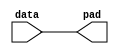
// This program was cloned from: https://github.com/bradgrantham/alice5
// License: Apache License 2.0

// Created by altera_lib_lpm.pl from 220model.v
// END OF MODULE


//START_MODULE_NAME------------------------------------------------------------
//
// Module Name     :  lpm_outpad
//
// Description     :
//
// Limitation      :  n/a
//
// Results expected:
//
//END_MODULE_NAME--------------------------------------------------------------

// BEGINNING OF MODULE
`timescale 1 ps / 1 ps

// MODULE DECLARATION
/*verilator lint_off CASEX*/
/*verilator lint_off COMBDLY*/
/*verilator lint_off INITIALDLY*/
/*verilator lint_off LITENDIAN*/
/*verilator lint_off MULTIDRIVEN*/
/*verilator lint_off UNOPTFLAT*/
/*verilator lint_off BLKANDNBLK*/
module lpm_outpad (
    data,
    pad
);

// GLOBAL PARAMETER DECLARATION
    parameter lpm_width = 1;
    parameter lpm_type = "lpm_outpad";
    parameter lpm_hint = "UNUSED";

// INPUT PORT DECLARATION
    input  [lpm_width-1:0] data;

// OUTPUT PORT DECLARATION
    output [lpm_width-1:0] pad;

// INTERNAL REGISTER/SIGNAL DECLARATION
    reg    [lpm_width-1:0] pad;

// INITIAL CONSTRUCT BLOCK
    initial
    begin
        if (lpm_width <= 0)
        begin
            $display("Value of lpm_width parameter must be greater than 0(ERROR)");
            $display("Time: %0t  Instance: %m", $time);
            $finish;
        end
    end

// ALWAYS CONSTRUCT BLOCK
    always @(data)
    begin
        pad = data;
    end

endmodule // lpm_outpad